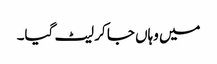
میں وہاں جا کر لیٹ گیا۔